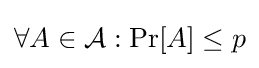
\forall A\in {\mathcal {A}}:\Pr[A]\leq p